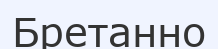
Бретанно